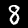
Digit: 8